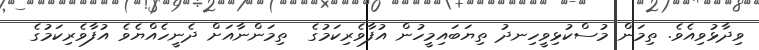
ވިދާޅުވިއެވެ. ތިމަން މުސްކުޅިވީހިނދު ތިޔަބައިމީހުން އުފާވެރިކަމުގެ  ތިމަންނާއަށް ދެނީހެއްޔެވެ އުފާވެރިކަމުގެ